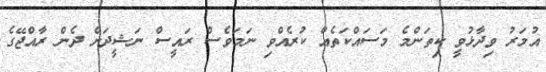
އުމަރު ވިދާޅުވީ ކިތަންމެ މަސައްކަތެއް ކުރެއްވި ނަމަވެސް ރައީސް ނަޝީދަށް ދެން ރާއްޖޭގެ